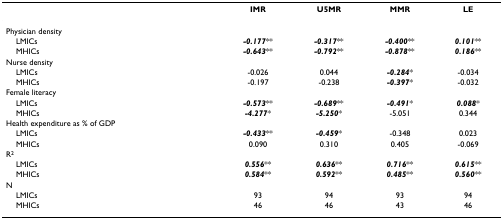
|  | IMR | U5MR | MMR | LE |
 | --- | --- | --- | --- | --- |
 | Physician density |  |  |  |  |
 | LMICs | -0.177** | -0.317** | -0.400** | 0.101** |
 | MHICs | -0.643** | -0.792** | -0.878** | 0.186** |
 | Nurse density |  |  |  |  |
 | LMICs | -0.026 | 0.044 | -0.284* | -0.034 |
 | MHICs | -0.197 | -0.238 | -0.397* | -0.032 |
 | Female literacy |  |  |  |  |
 | LMICs | -0.573** | -0.689** | -0.491* | 0.088* |
 | MHICs | -4.277* | -5.250* | -5.051 | 0.344 |
 | Health expenditure as % of GDP |  |  |  |  |
 | LMICs | -0.433** | -0.459* | -0.348 | 0.023 |
 | MHICs | 0.090 | 0.310 | 0.405 | -0.069 |
 | R2 |  |  |  |  |
 | LMICs | 0.556** | 0.636** | 0.716** | 0.615** |
 | MHICs | 0.584** | 0.592** | 0.485** | 0.560** |
 | N |  |  |  |  |
 | LMICs | 93 | 94 | 93 | 94 |
 | MHICs | 46 | 46 | 43 | 46 |